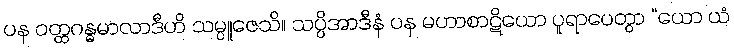
ပန ဝတ္ထဂန္ဓမာလာဒီဟိ သမ္ပူဇေသိ။ သပ္ပိအာဒီနံ ပန မဟာစာဋိယော ပူရာပေတွာ “ယော ယံ